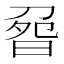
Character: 𠝽